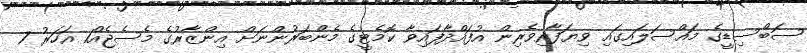
ސަބްސިޑީގެ މައްސަލައިގައި ވިޔަފާރިވެރިން އުފައްދާފައިވާ ކޮމެޓީގެ މެންބަރުންނަށް އިންޒާރުގެ މެސެޖެއް1 އަހަރު 7